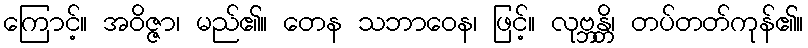
ကြောင့်။ အဝိဇ္ဇာ၊ မည်၏။ တေန သဘာဝေန၊ ဖြင့်။ လုဗ္ဘန္တိ၊ တပ်တတ်ကုန်၏။